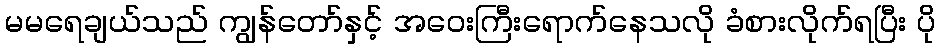
မမရေချယ်သည် ကျွန်တော်နှင့် အဝေးကြီးရောက်နေသလို ခံစားလိုက်ရပြီး ပို